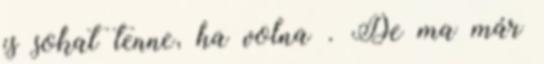
is sokat tenne, ha volna . De ma már